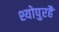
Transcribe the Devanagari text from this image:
श्योपुरहै